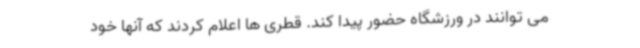
می توانند در ورزشگاه حضور پیدا کند. قطری ها اعلام کردند که آنها خود